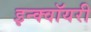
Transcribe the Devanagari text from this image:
इन्क्वॉयरी